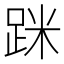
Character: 𨀷